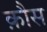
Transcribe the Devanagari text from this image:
क़ौस